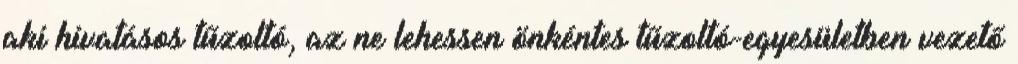
aki hivatásos tűzoltó, az ne lehessen önkéntes tűzoltó-egyesületben vezető